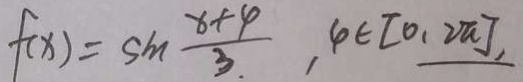
f ( x ) = \sin \frac { x + 4 } { 3 } , 4 \in [ 0 , 2 \pi ]